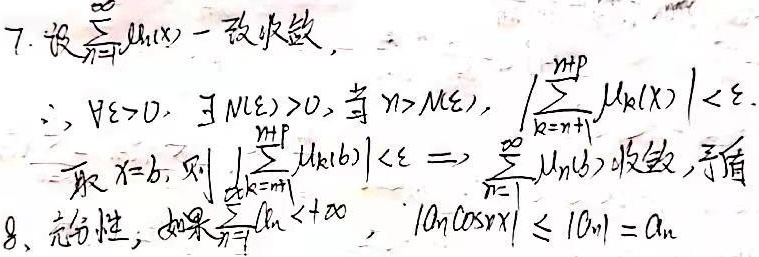
7. 设\(\sum_{n = 1}^{\infty}u_{n}(x)\)一致收敛，\(\therefore \forall\varepsilon>0,\exists N(\varepsilon)>0\)，当\(n > N(\varepsilon)\)时，\(\left|\sum_{k = n + 1}^{n + p}u_{k}(x)\right|<\varepsilon\)。取\(x = b\)，则\(\left|\sum_{k = n+1}^{n + p}u_{k}(b)\right|<\varepsilon\Rightarrow\sum_{n = 1}^{\infty}u_{n}(b)\)收敛，矛盾。

8. 充分性：如果\(\sum_{n = 1}^{\infty}a_{n}<+\infty\)，\(|a_{n}\cos nx|\leq|a_{n}| = a_{n}\)